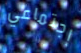
إجتماعي